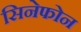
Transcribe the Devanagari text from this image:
सिनेफोन